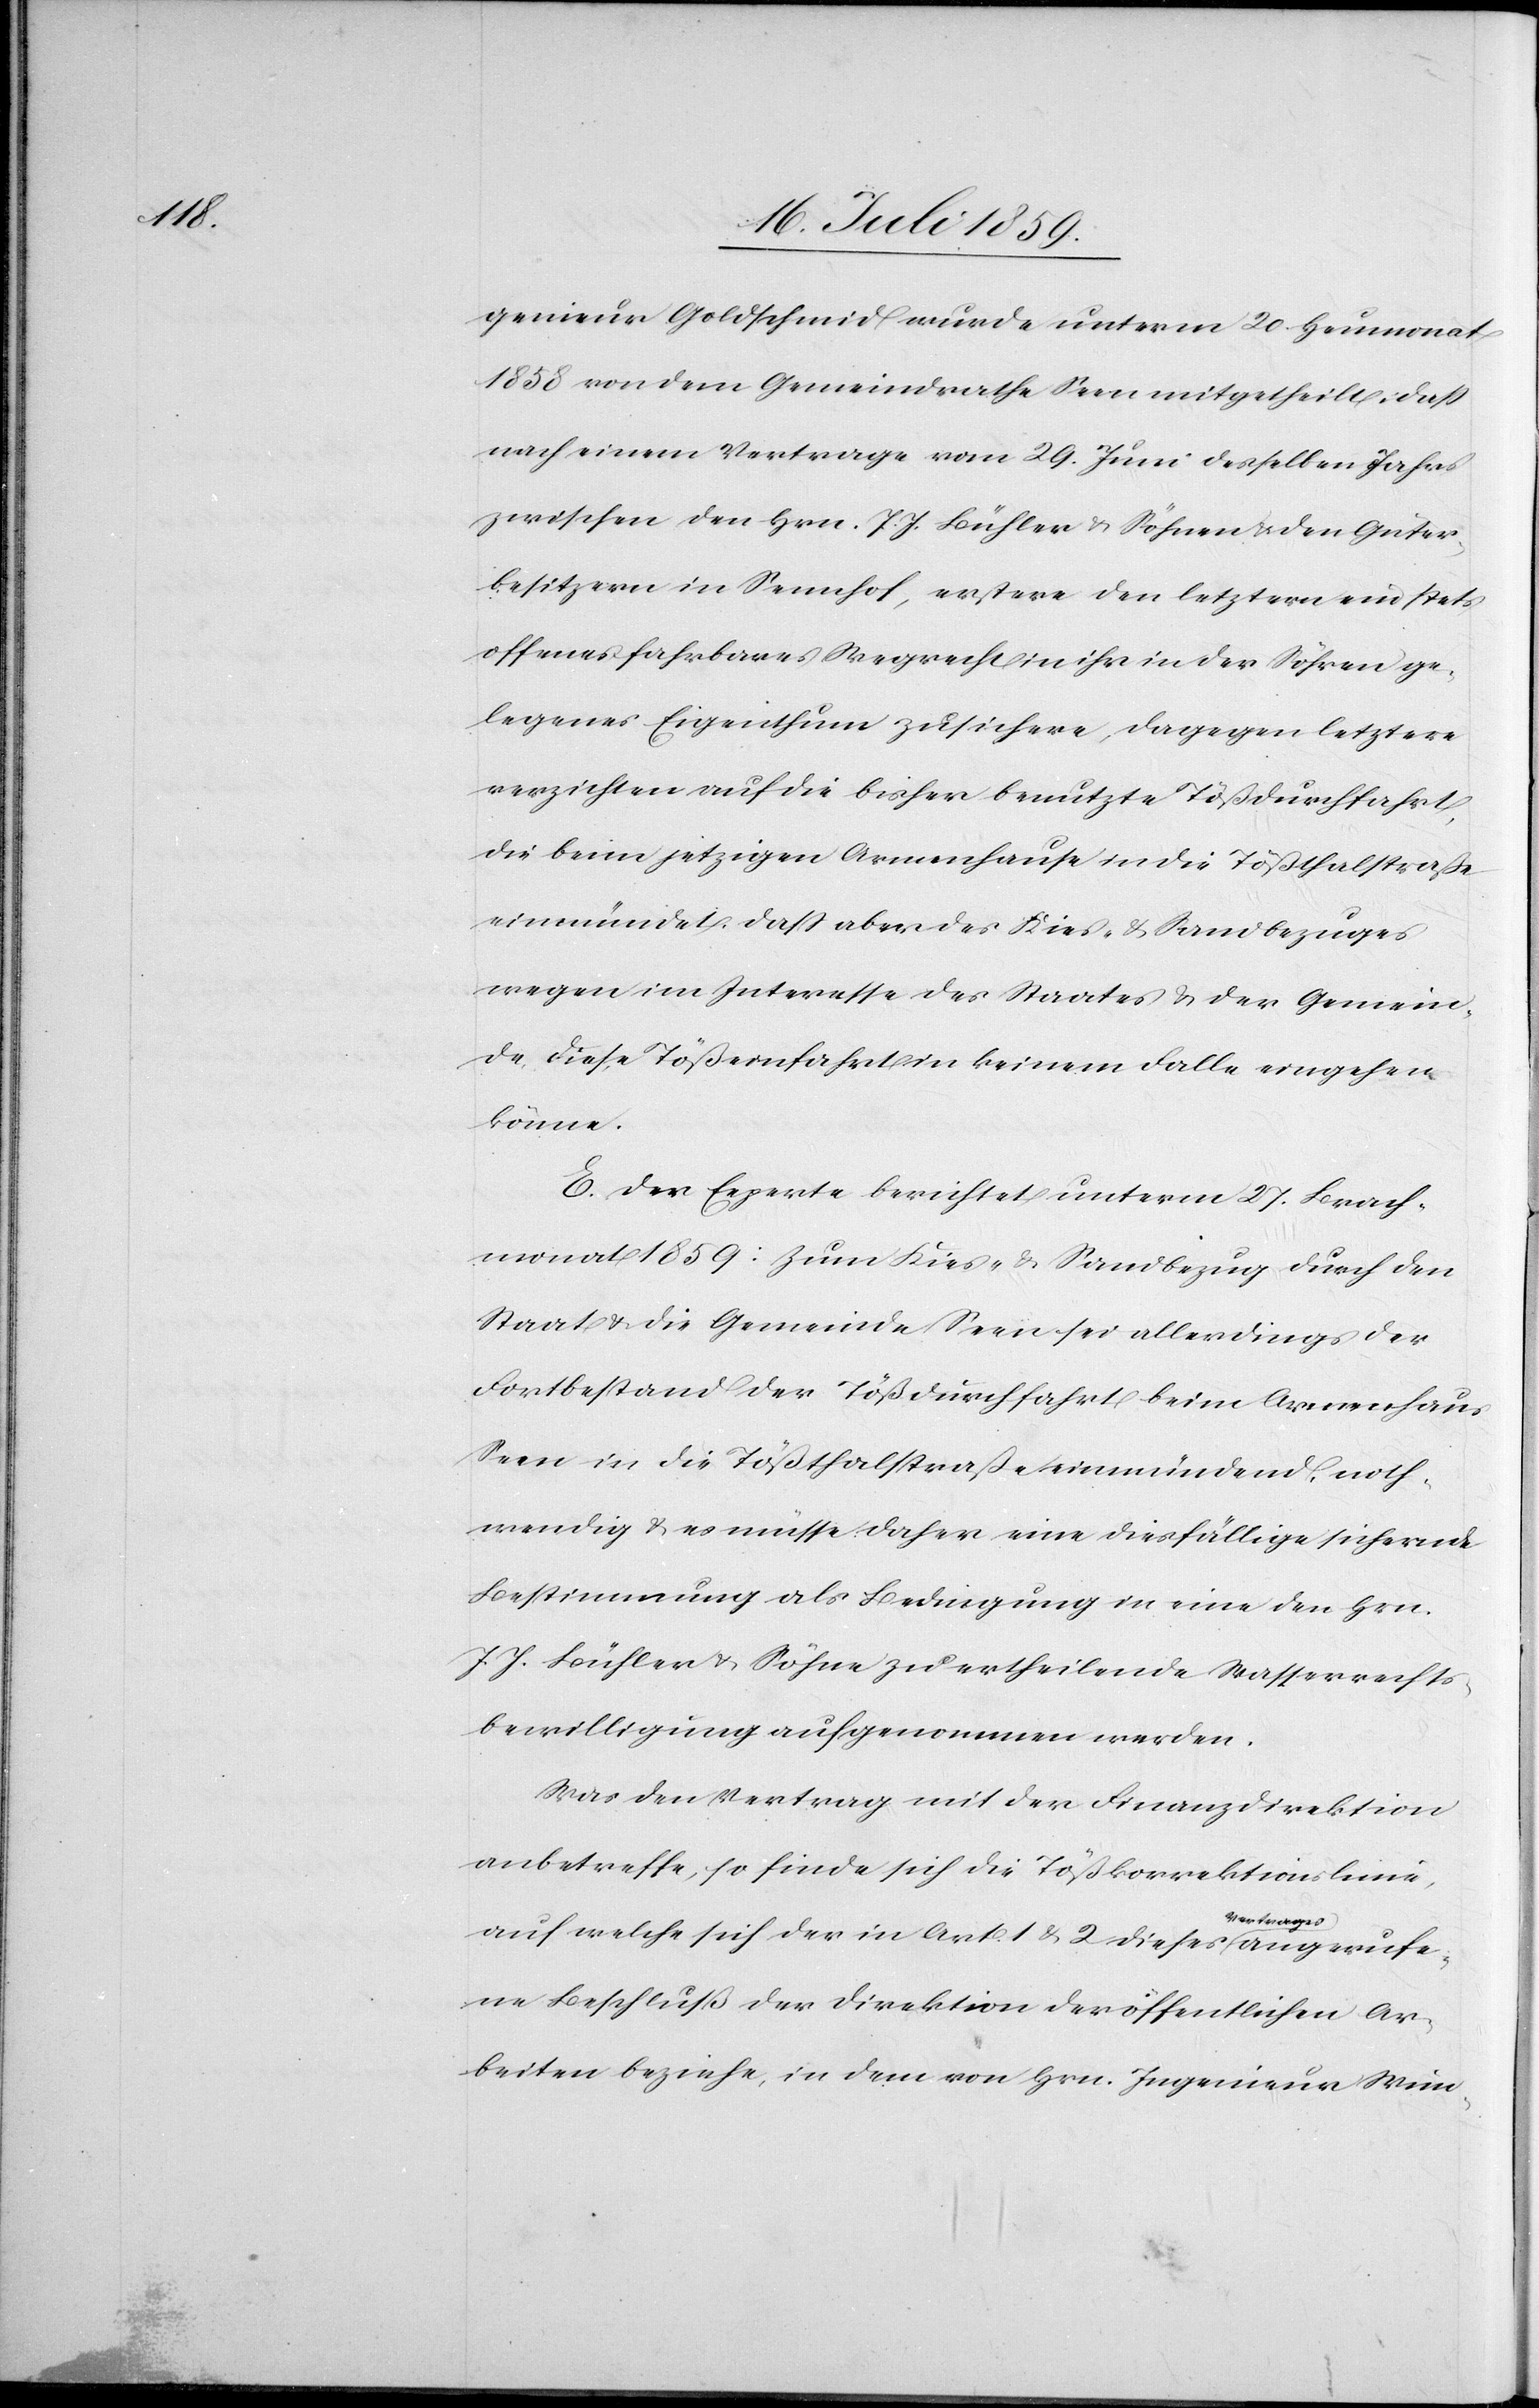
genieur Goldschmid wurde unterm 20. Heumonat
1858 von dem Gemeindrathe Seen mitgetheilt, daß
nach einem Vertrage vom 29. Juni desselben Jahrs
zwischen den Hrn. J. J. Bühler u. Söhnen u. den Güter¬
besitzern in Sennhof, erstere den letztern ein stets
offenes fahrbares Wegrecht in ihr in der Söhren ge¬
legenes Eigenthum zusichere, dagegen letztere
verzichten auf die bisher benutzte Tößdurchfahrt,
die beim jetztigen Armenhause in die Tößthalstraße
einmündet. Daß aber des Kies- u. Sandbezuges
wegen im Interesse des Staates u. der Gemein¬
de diese Tößeinfahrt in keinem Falle eingehen
könne.
E. Der Experte berichtet unterm 27. Brach¬
monat 1859: Zum Kies- u. Sandbezug durch den
Staat u. die Gemeinde Seen sei allerdings der
Fortbestand der Tößdurchfahrt beim Armenhaus
Seen in die Tößthalstraße einmündend, noth¬
wendig u. es müsse daher eine diesfällige sichernde
Bestimmung als Bedingung in eine den Hrn.
J. J. Bühler u. Söhne zu ertheilende Wasserrechts¬
bewilligung aufgenommen werden.
Was den Vertrag mit der Finanzdirektion
anbetreffe, so finde sich die Tößkorrektionslinie,
ertrages
auf welche sich der in Art. 1 u. 2 dieses V¬
angerufe¬
ne Beschluß der Direktion der öffentlichen Ar¬
beiten beziehe, in dem von Hrn. Ingenieur Wim-